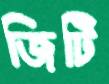
জিটি